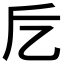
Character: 𠃘